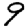
Digit: 9